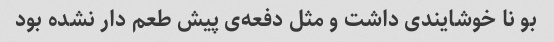
بو نا خوشایندی داشت و مثل دفعه‌ی پیش طعم دار نشده بود